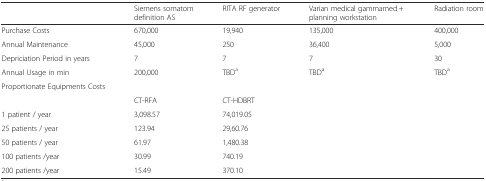
|  | Siemens somatom definition AS | RITA RF generator | Varian medical gammamed + planning workstation | Radiation room |
 | --- | --- | --- | --- | --- |
 | Purchase Costs | 670,000 | 19,940 | 135,000 | 400,000 |
 | Annual Maintenance | 45,000 | 250 | 36,400 | 5,000 |
 | Depriciation Period in years | 7 | 7 | 7 | 30 |
 | Annual Usage in min | 200,000 | TBDa | TBDa | TBDa |
 | Proportionate Equipments Costs |  |  |  |  |
 |  | CT-RFA | CT-HDBRT |  |  |
 | 1 patient / year | 3,098.57 | 74,019.05 |  |  |
 | 25 patients / year | 123.94 | 29,60.76 |  |  |
 | 50 patients / year | 61.97 | 1,480.38 |  |  |
 | 100 patients /year | 30.99 | 740.19 |  |  |
 | 200 patients /year | 15.49 | 370.10 |  |  |